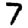
Digit: 7